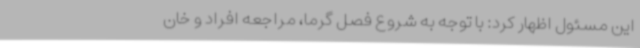
این مسئول اظهار کرد: با توجه به شروع فصل گرما، مراجعه افراد و خان